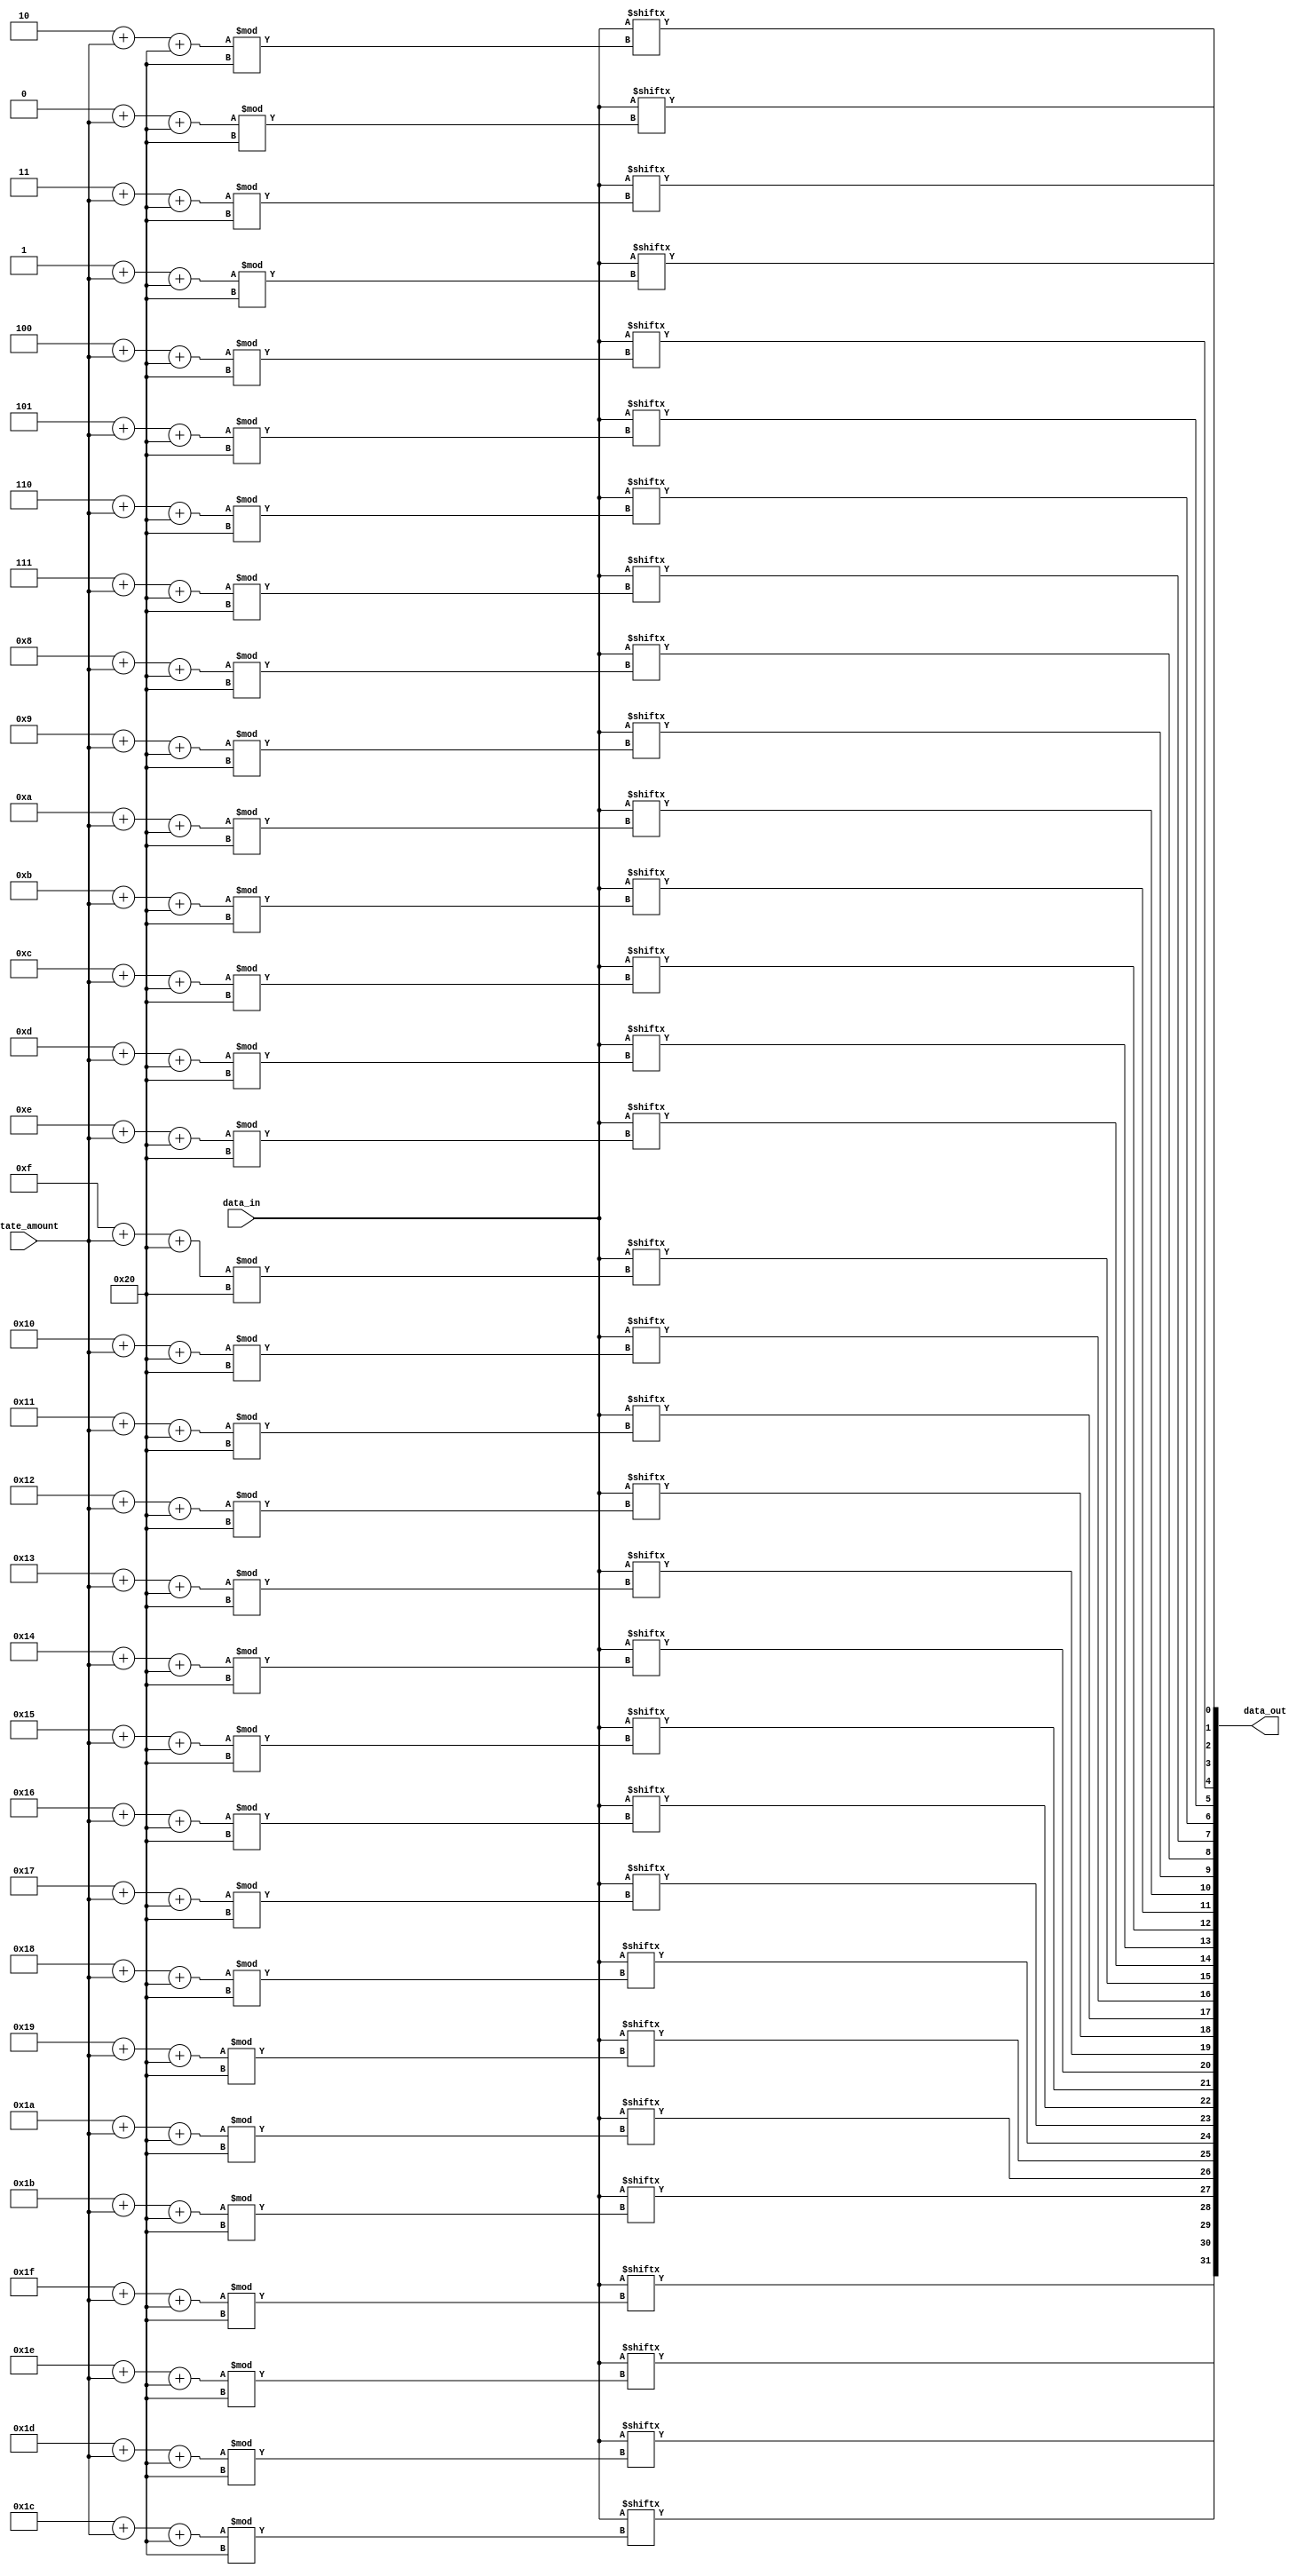
`timescale 1ns / 1ps

module ror(
    input [31:0] data_in,
    input [31:0]  rotate_amount,
    output [31:0] data_out
);

genvar i;
generate
    for (i = 0; i < 32; i = i + 1) begin : rotate_right_gen
        assign data_out[i] = data_in[(i + rotate_amount + 32) % 32];
    end
endgenerate

endmodule